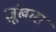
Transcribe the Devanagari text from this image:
ज़ूंखारा